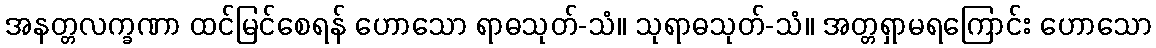
အနတ္တလက္ခဏာ ထင်မြင်စေရန် ဟောသော ရာဓသုတ်-သံ။ သုရာဓသုတ်-သံ။ အတ္တရှာမရကြောင်း ဟောသော